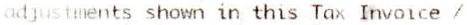
ADJUSTMENTS SHOWN IN THIS TAX INVOICE /